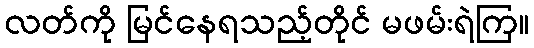
လတ်ကို မြင်နေရသည့်တိုင် မဖမ်းရဲကြ။